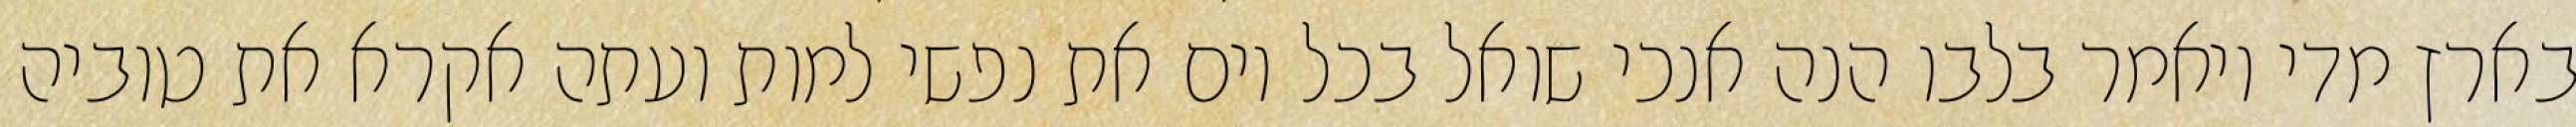
בארץ מדי ויאמר בלבו הנה אנכי שואל בכל יום את נפשי למות ועתה אקרא את טוביה